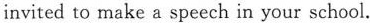
invited to make a speech in your school.